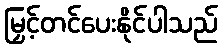
မြှင့်တင်ပေးနိုင်ပါသည်